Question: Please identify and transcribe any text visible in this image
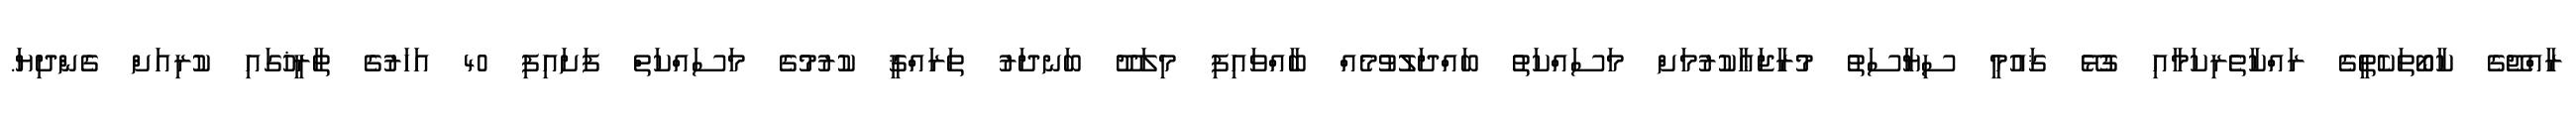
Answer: ރާއްޖޭގެ ކާބޯތަކެތީގެ ރައްކާތެރިކަމާއި ގުޅޭ ޤައުމީ ސިޔާސަތު މުރާޖަޢާކުރުމަށް މަސައްކަތު ބައްދަލުވުމެއް ބާއްވައިފި މިލަދޫ ބަނދަރު ތަރައްޤީ ކުރުމުގެ މަސައްކަތް ފަށައިފި 40 އަހަރުގެ ތާރީޚުގައި ކުރިއަށް ގެންދިޔަ.